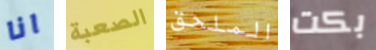
انا الصعبة الملحق بكت